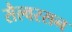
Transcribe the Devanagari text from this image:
सैल्वरसन